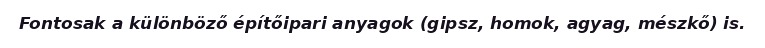
Fontosak a különböző építőipari anyagok (gipsz, homok, agyag, mészkő) is.